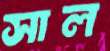
সাল